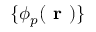
\{ \phi _ { p } ( \textbf { r } ) \}